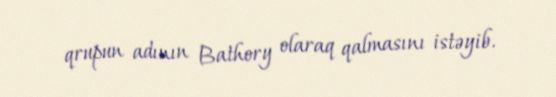
qrupun adının Bathory olaraq qalmasını istəyib.